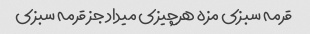
قرمه سبزی مزه هرچیزی میداد جز قرمه سبزی